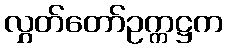
လွှတ်တော်ဥက္ကဋ္ဌက